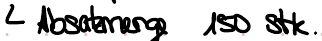
Absatzmenge 150 Stk.